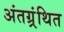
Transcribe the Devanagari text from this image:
अंतग्र्रंथित